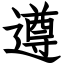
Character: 遵